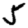
Digit: 5